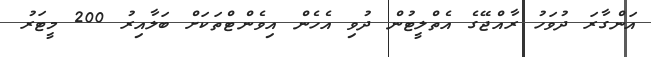
އަންގާރަ ދުވަހު ރާއްޖޭގެ އެތްލީޓުން ދުވި އެހެން އިވެންޓްތަކަށް ބަލާއިރު 200 މީޓަރު